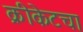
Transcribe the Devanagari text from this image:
क्रीकेटचा